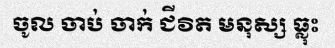
ចូល ចាប់ ចាក់ ជីវិត មនុស្ស ធ្លុះ